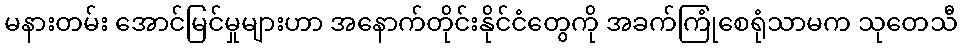
မနားတမ်း အောင်မြင်မှုများဟာ အနောက်တိုင်းနိုင်ငံတွေကို အခက်ကြုံစေရုံသာမက သုတေသီ